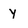
Character: y